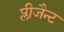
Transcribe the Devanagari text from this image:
प्लीजैन्ट